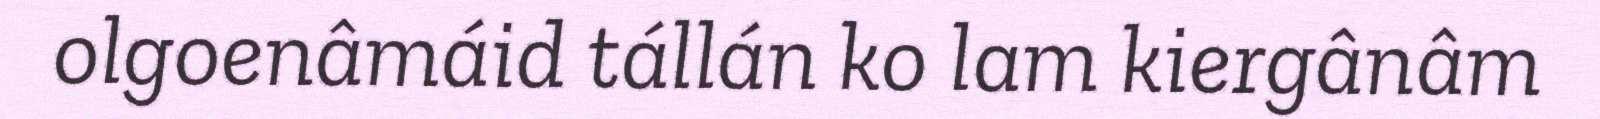
olgoenâmáid tállán ko lam kiergânâm